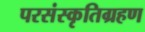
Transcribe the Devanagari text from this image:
परसंस्कृतिग्रहण